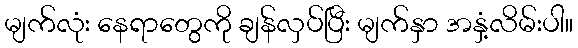
မျက်လုံး နေရာတွေကို ချန်လှပ်ပြီး မျက်နှာ အနှံ့လိမ်းပါ။